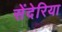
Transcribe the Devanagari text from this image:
सेंदेरिया